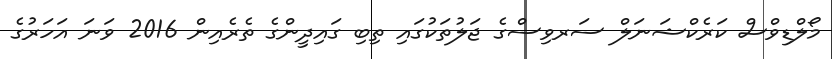
މޯލްޑިވްސް ކަރެކްޝަނަލް ސަރވިސްގެ ޖަލުތަކުގައި ތިބި ގައިދީންގެ ތެރެއިން 2016 ވަނަ އަހަރުގެ